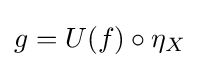
g=U(f)\circ \eta _{X}